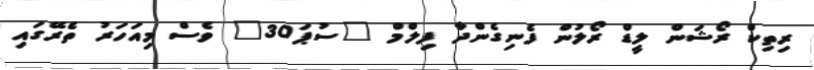
ރިތިކް ރޯޝަން ލީޑް ރޯލުން ފެނިގެންދާ ފިލްމް "ސުޕަ30" ވެސް މިއަހަރު ތެރޭގައި